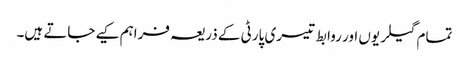
تمام گیلریوں اور روابط تیسری پارٹی کے ذریعہ فراہم کیے جاتے ہیں۔